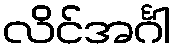
လိင်အင်္ဂါ